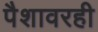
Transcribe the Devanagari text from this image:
पैशावरही